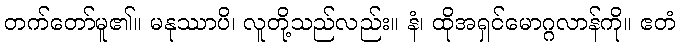
တက်တော်မူ၏။ မနုဿာပိ၊ လူတို့သည်လည်း။ နံ၊ ထိုအရှင်မောဂ္ဂလာန်ကို။ ဧတံ